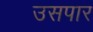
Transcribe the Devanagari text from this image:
उसपार